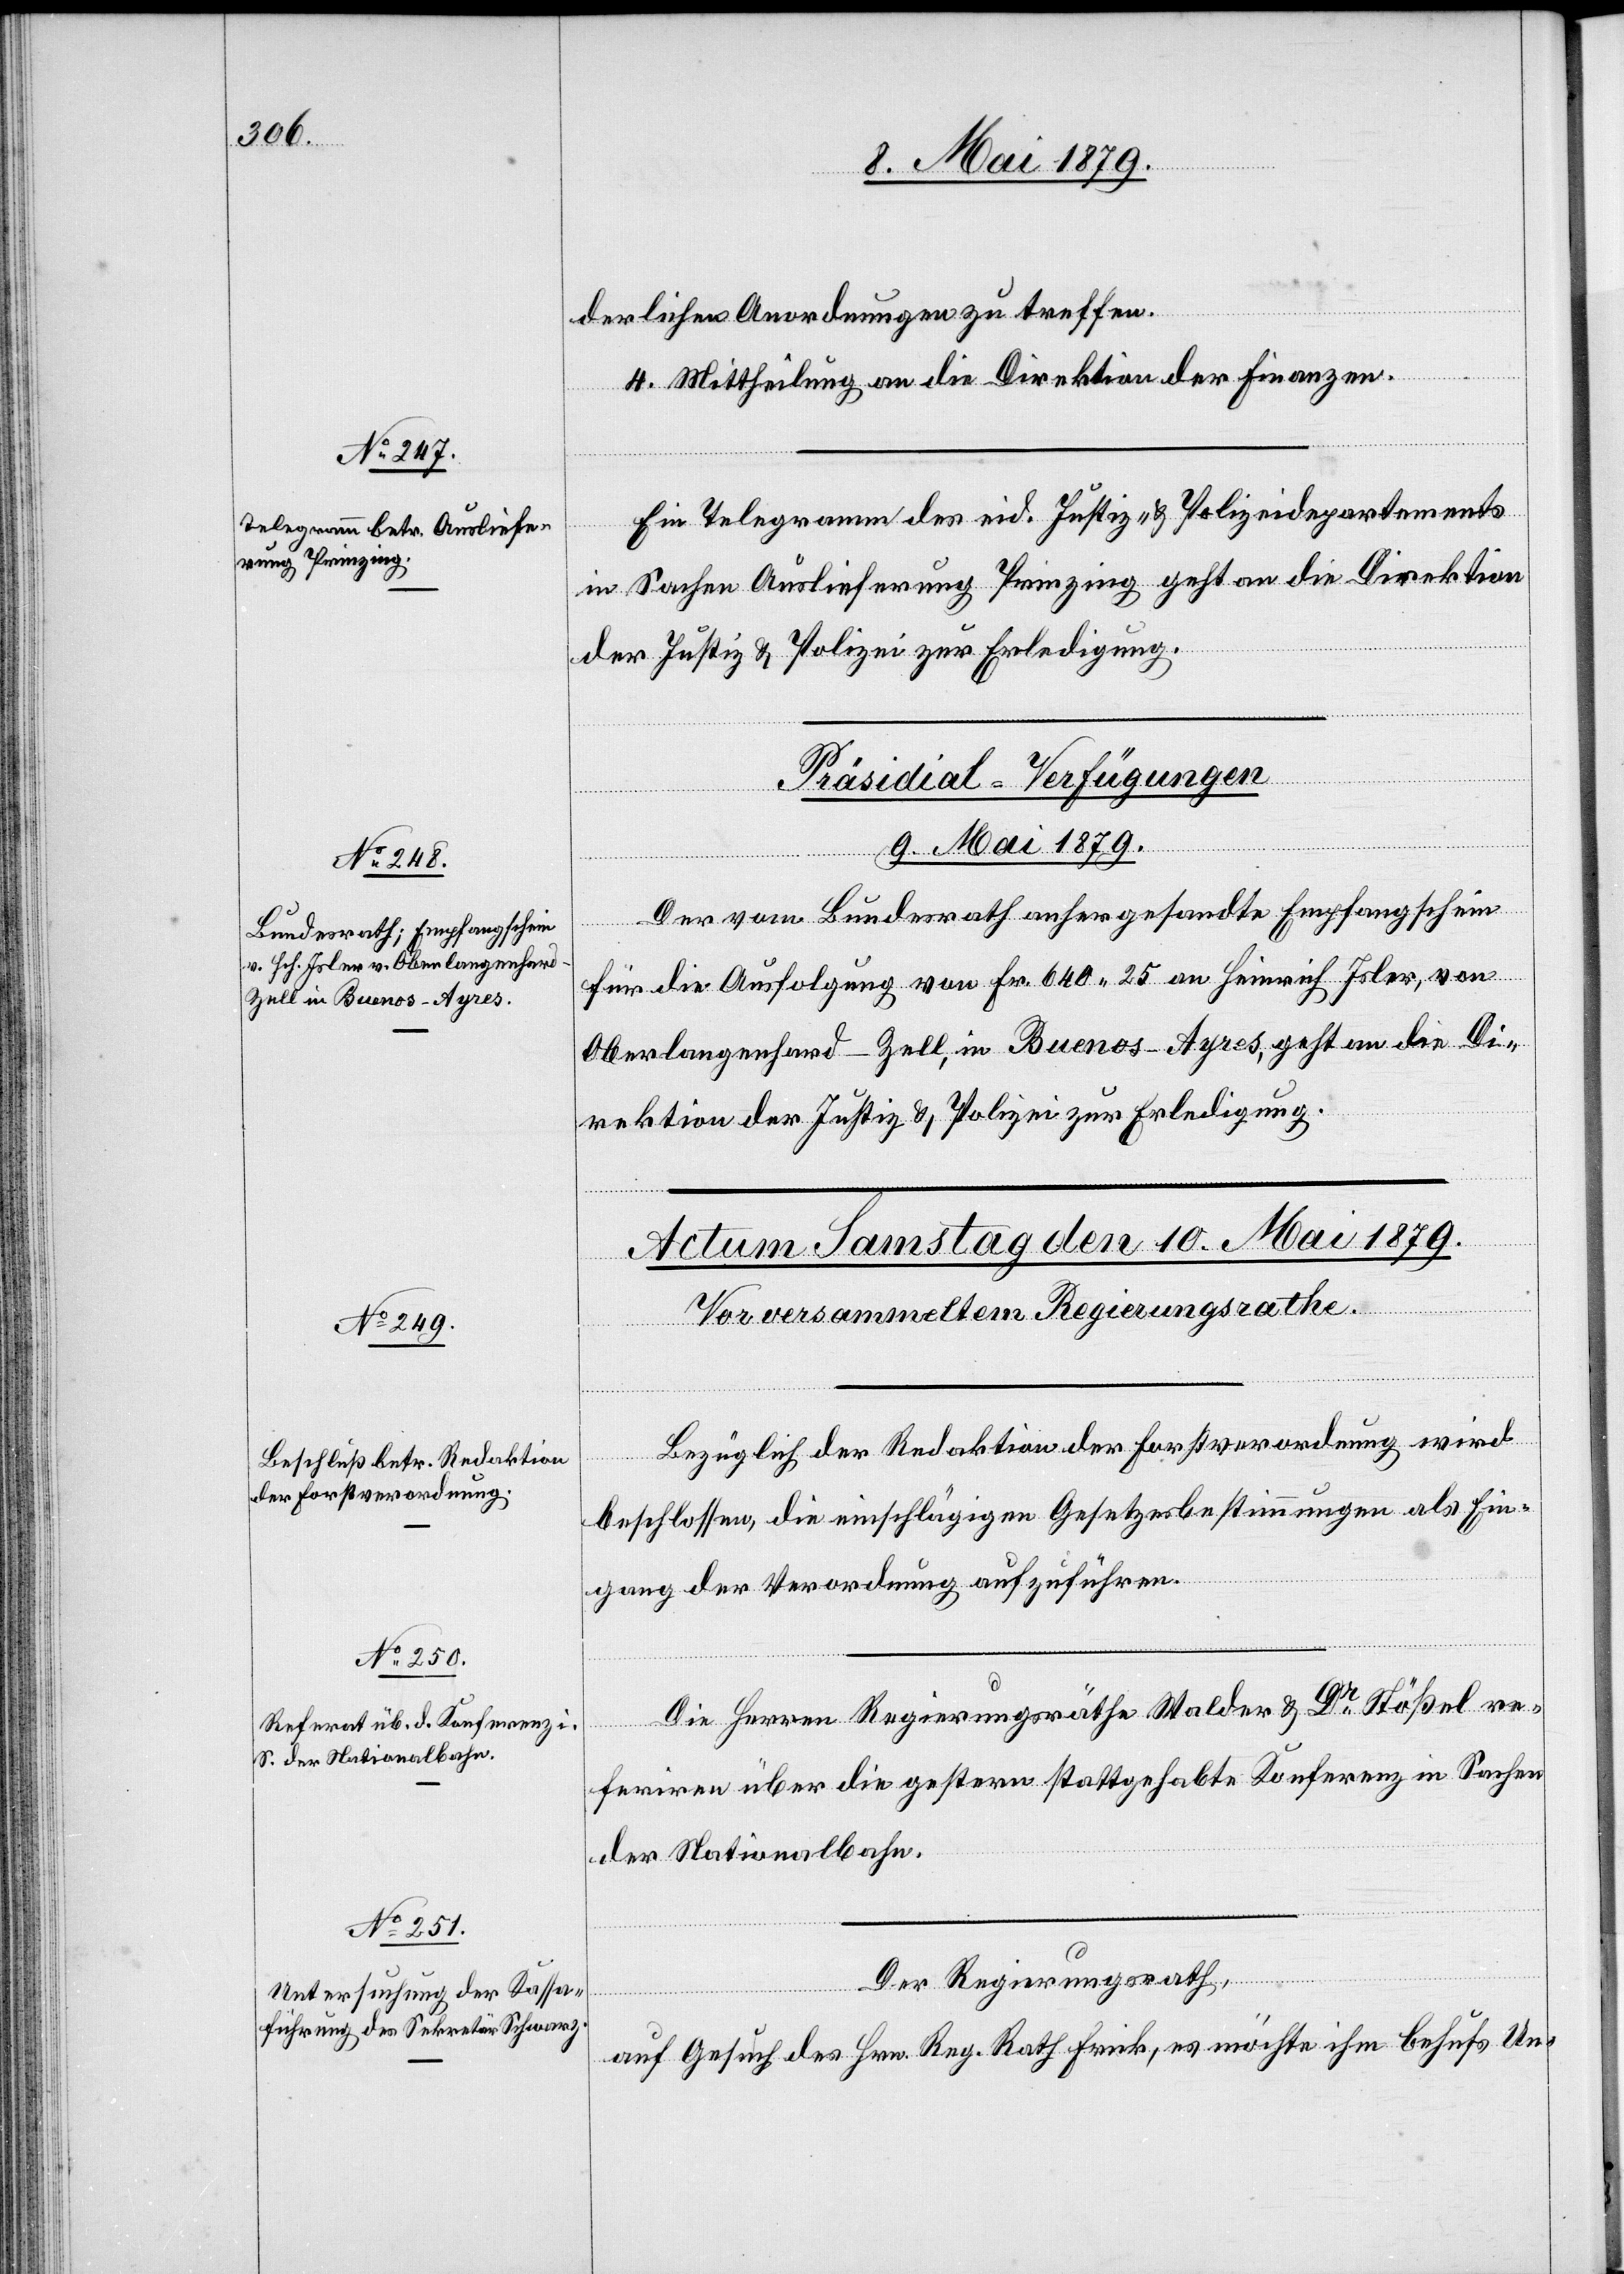
derlichen Anordnungen zu treffen.
4. Mittheilung an die Direktion der Finanzen.
Ein Telegramm des eid. Justiz- & Polizeidepartements
in Sachen Auslieferung Prinzing geht an die Direktion
der Justiz & Polizei zur Erledigung.
Präsidial-Verfügungen
9. Mai 1879.
Der vom Bundesrath anhergesandte Empfangschein
für die Ausfolgung von Fr. 640 25 an Heinrich Isler, von
Oberlangenhard - Zell, in Buenos-Ayres, geht an die Di¬
rektion der Justiz & Polizei zur Erledigung.
Bezüglich der Redaktion der Forstverordnung wird
beschlossen, die einschlägigen Gesetzesbestimmungen als Ein¬
gang der Verordnung aufzuführen.
Die Herren Regierungsräthe Walder & Dr Stößel re¬
feriren über die gestern stattgehabte Konferenz in Sachen
der Nationalbahn.
Der Regierungsrath,
auf Gesuch des Hrn. Reg. Rath Frick, es möchte ihm behufs Un-